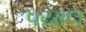
પયાલ